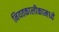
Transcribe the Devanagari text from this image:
नियतकालीकामध्ये